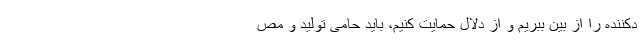
دکننده را از بین ببریم و از دلال حمایت کنیم، باید حامی تولید و مص